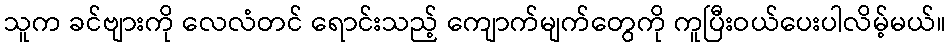
သူက ခင်ဗျားကို လေလံတင် ရောင်းသည့် ကျောက်မျက်တွေကို ကူပြီးဝယ်ပေးပါလိမ့်မယ်။